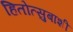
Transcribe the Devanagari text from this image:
हितोत्सुबाशी